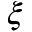
\xi